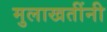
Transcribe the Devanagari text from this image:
मुलाखतींनी